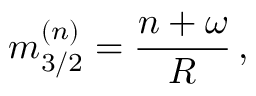
m _ { 3 / 2 } ^ { ( n ) } = \frac { n + \omega } { R } \, ,